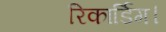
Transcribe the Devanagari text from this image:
रिकार्डिग।